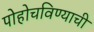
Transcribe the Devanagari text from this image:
पोहोचविण्याची